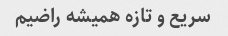
سریع و تازه همیشه راضیم